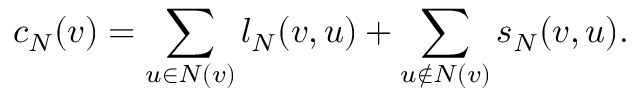
c _ { N } ( v ) = \sum _ { u \in N ( v ) } l _ { N } ( v , u ) + \sum _ { u \notin N ( v ) } s _ { N } ( v , u ) .